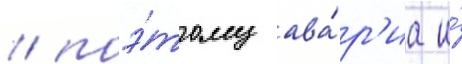
/ поэ́тому ава́р'иа и́